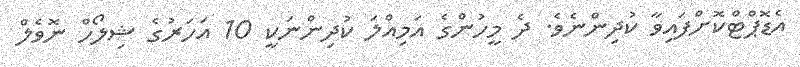
އެޑޮޕްޓްކޮށްފައިވާ ކުދިންނެވެ. ދެ މީހުންގެ އަމިއްލަ ކުދިންނަކީ 10 އަހަރުގެ ޝިލޯހް ނޮވެލް